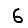
Digit: 6